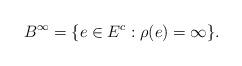
LaTeX: \begin{align*}B^{\infty}=\{ e \in E^c : \rho(e)= \infty \}.\end{align*}